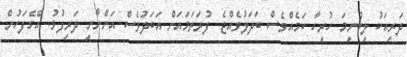
ދަރިއަކު ލިބުނީމަ ހުރިހާ ކަމެއްވެސް ބަދަލުވެއްޖެ. ފުރަތަމައަށް އަބަދުވެސް އަންނާނީ ދަރިފުޅު. އޭގެފަހުން